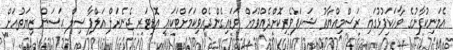
އެމަނިކުފާނުގެ ވާހަކަފުޅުގައި ރަސްމިއްޔާތު ޝަރަފުވެރިކޮށްދެއްވުމަށް ވަޑައިގެންދެއްވިކަމަށްޓަކައި އޮޑިޓަރ ޖެނެރަލް އަލްފާޟިލް ޙަސަން ޒިޔަތުއަށް